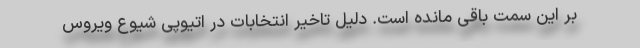
بر این سمت باقی مانده است. دلیل تاخیر انتخابات در اتیوپی شیوع ویروس